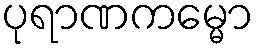
ပုရာဏကမ္မော